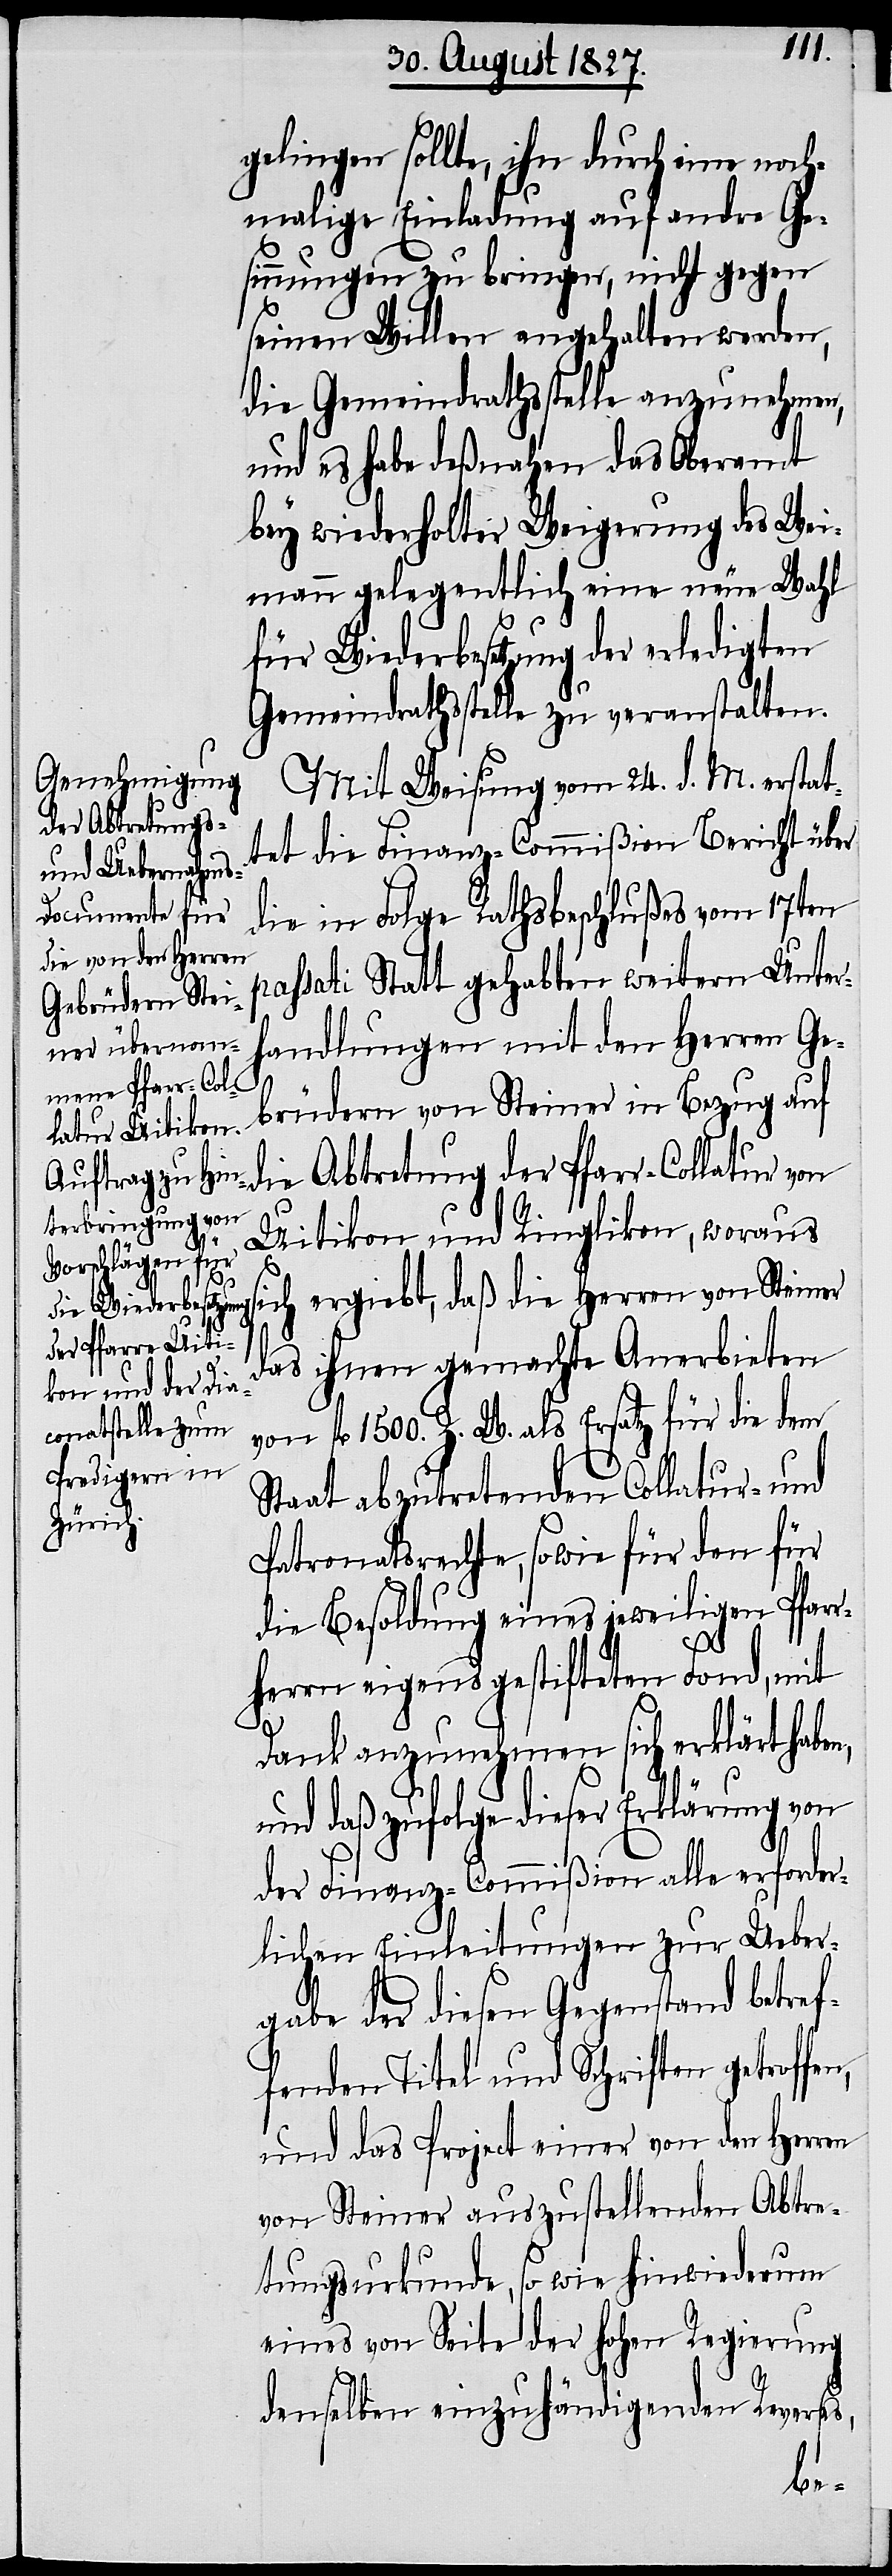
gelingen sollte, ihn durch eine noch¬
malige Einladung auf andre Ge¬
sinnungen zu bringen, nicht gegen
seinen Willen angehalten werden,
die Gemeindrathsstelle anzunehmen,
und es habe deßnahen das Oberamt
bey wiederholter Weigerung des Wei¬
ic!] gelegentlich eine neue Wahl
für Wiederbesetzung der erledigten
Gemeindrathsstelle zu veranstalten.
Mit Weisung vom 24. d. M. erstat¬
tet die Finanz-Commißion Bericht über
die in Folge Rathsbeschlußes vom 17ten
passati Statt gehabten weitern Unter¬
handlungen mit den Herren Ge¬
brüdern von Steiner in Bezug auf
die Abtretung der Pfarr-Collatur von
Uitikon und Ringlikon, woraus
sich ergiebt, daß die Herren von Steiner
das ihnen gemachte Anerbieten
von fl. 1500. Z. W. als Ersatz für die dem
Staat abzutretende Collatur- und
Patronatsrechte, sowie für den für
die Besoldung eines jeweiligen Pfarr¬
s,
herrn eigens gestifteten Fond, mit
Dank anzunehmen sich erklärt haben,
und daß zufolge dieser Erklärung von
der Finanz-Commißion alle erforder¬
lichen Einleitungen zur Ueber¬
gabe der diesen Gegenstand betref¬
fenden Titel und Schriften getroffen,
und das Project einer von den Herren
von Steiner auszustellenden Abtre¬
tungsurkunde, so wie hinwiederum
eines von Seite der hohen Regierung
denselben einzuhändigenden Reverse¬